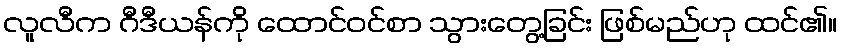
လူလီက ဂီဒီယန်ကို ထောင်ဝင်စာ သွားတွေ့ခြင်း ဖြစ်မည်ဟု ထင်၏။